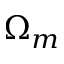
\Omega _ { m }